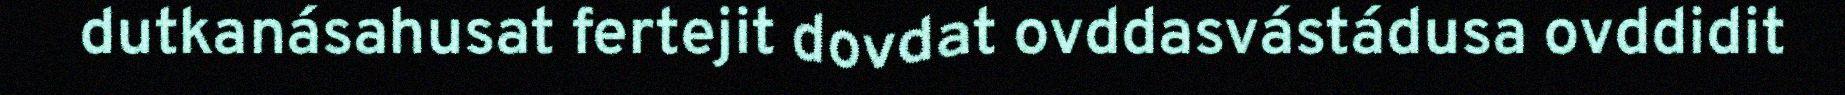
dutkanásahusat fertejit dovdat ovddasvástádusa ovddidit